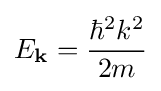
E_{\mathbf {k} }={\frac {\hbar ^{2}k^{2}}{2m}}